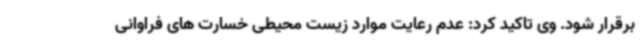
برقرار شود. وی تاکید کرد: عدم رعایت موارد زیست محیطی خسارت های فراوانی